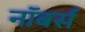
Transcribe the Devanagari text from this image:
नॉबर्स